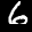
Label: 6